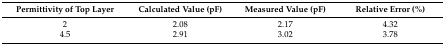
| Permittivity of Top Layer | Calculated Value (pF) | Measured Value (pF) | Relative Error (%) |
 | --- | --- | --- | --- |
 | 2 | 2.08 | 2.17 | 4.32 |
 | 4.5 | 2.91 | 3.02 | 3.78 |